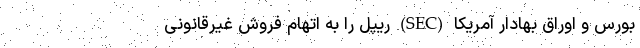
بورس و اوراق بهادار آمریکا (SEC) ریپل را به اتهام فروش غیرقانونی